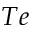
T e